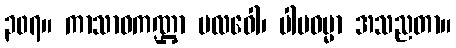
၃၀၇။ ကာသာဝကဏ္ဌာ ဗလဝေါ၊ ပါပဓမ္မာ အသညတာ။